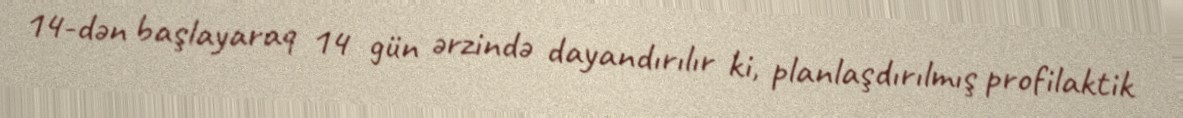
14-dən başlayaraq 14 gün ərzində dayandırılır ki, planlaşdırılmış profilaktik